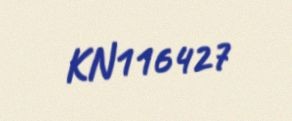
KN116427